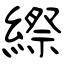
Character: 縩